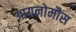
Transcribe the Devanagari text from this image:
आयनोमौस